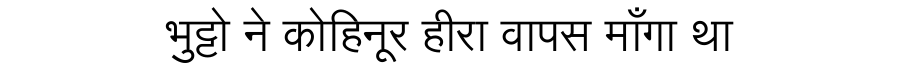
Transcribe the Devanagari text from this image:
भुट्टो ने कोहिनूर हीरा वापस माँगा था